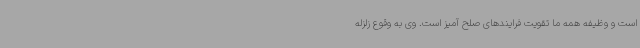
است و وظیفه همه ما تقویت فرایندهای صلح آمیز است. وی به وقوع زلزله